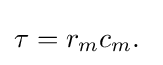
\tau =r_{m}c_{m}.\